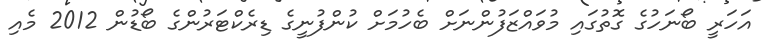
އަހަރީ ބޯނަހުގެ ގޮތުގައި މުވައްޒަފުންނަށް ބެހުމަށް ކުންފުނީގެ ޑިރެކްޓަރުންގެ ބޯޑުން 2012 މެއި